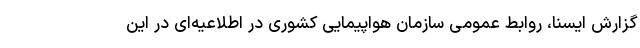
گزارش ایسنا، روابط عمومی سازمان هواپیمایی کشوری در اطلاعیه‌ای در این